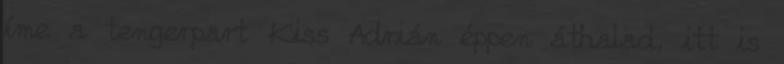
íme a tengerpart Kiss Adrián éppen áthalad, itt is